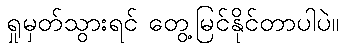
ရှုမှတ်သွားရင် တွေ့မြင်နိုင်တာပါပဲ။